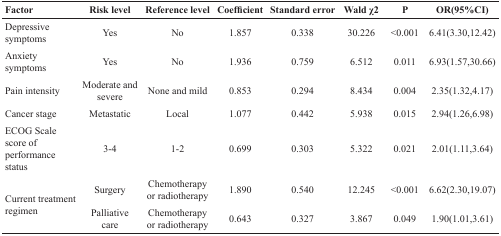
<table><thead><tr><td><b>Factor</b></td><td><b>Risk level</b></td><td><b>Reference level</b></td><td><b>Coefficient</b></td><td><b>Standard error</b></td><td><b>Wald χ2</b></td><td><b>P</b></td><td><b>OR(95%CI)</b></td></tr></thead><tbody><tr><td>Depressive symptoms</td><td>Yes</td><td>No</td><td>1.857</td><td>0.338</td><td>30.226</td><td>&lt;0.001</td><td>6.41(3.30,12.42)</td></tr><tr><td>Anxiety symptoms</td><td>Yes</td><td>No</td><td>1.936</td><td>0.759</td><td>6.512</td><td>0.011</td><td>6.93(1.57,30.66)</td></tr><tr><td>Pain intensity</td><td>Moderate and severe</td><td>None and mild</td><td>0.853</td><td>0.294</td><td>8.434</td><td>0.004</td><td>2.35(1.32,4.17)</td></tr><tr><td>Cancer stage</td><td>Metastatic</td><td>Local</td><td>1.077</td><td>0.442</td><td>5.938</td><td>0.015</td><td>2.94(1.26,6.98)</td></tr><tr><td>ECOG Scale score of performance status</td><td>3-4</td><td>1-2</td><td>0.699</td><td>0.303</td><td>5.322</td><td>0.021</td><td>2.01(1.11,3.64)</td></tr><tr><td rowspan="2">Current treatment regimen</td><td>Surgery</td><td>Chemotherapy or radiotherapy</td><td>1.890</td><td>0.540</td><td>12.245</td><td>&lt;0.001</td><td>6.62(2.30,19.07)</td></tr><tr><td>Palliative care</td><td>Chemotherapy or radiotherapy</td><td>0.643</td><td>0.327</td><td>3.867</td><td>0.049</td><td>1.90(1.01,3.61)</td></tr></tbody></table>